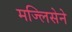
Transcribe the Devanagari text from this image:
मज्लिसेने